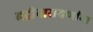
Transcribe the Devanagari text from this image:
बद्रीनारायणांना